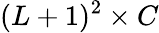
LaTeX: (L+1)^{2}\times C